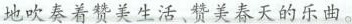
地吹奏着赞美生活赞美春天的乐曲。